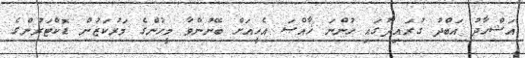
އަޝްހާދު އަބްދު ގުރައިދޫގައި ހުންނަ ޚާއްސަ އެހީއަށް ބޭނުންވާ މީހުންގެ މަރުކަޒުން ޑޮކްޓަރުންގެ